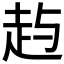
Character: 𰷱